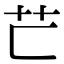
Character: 𦬀